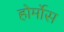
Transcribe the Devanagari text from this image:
होर्मोस